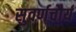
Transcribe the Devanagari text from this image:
सुवर्णचौर्य